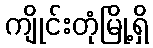
ကျိုင်းတုံမြို့ရှိ